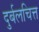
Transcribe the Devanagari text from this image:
दुर्बलचित्त